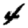
Digit: 4